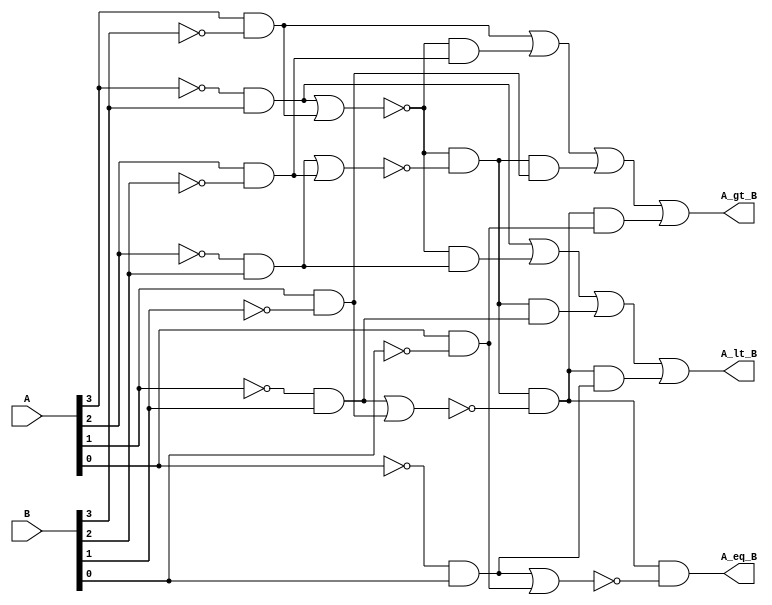
module Comparator_4bits (A, B, A_lt_B, A_gt_B, A_eq_B);
// declare input signals
input [4-1:0] A;
input [4-1:0] B;
// declare output signals
output A_lt_B, A_gt_B, A_eq_B;
// wires
wire not_A3, not_A2, not_A1, not_A0, not_B3, not_B2, not_B1, not_B0;
wire A3_lt_B3, A3_gt_B3, A2_lt_B2, A2_gt_B2, A1_lt_B1, A1_gt_B1, A0_lt_B0, A0_gt_B0;
wire nor_3, nor_2, nor_1, nor_0;
wire A2_lt_B2_2, A2_gt_B2_2, A1_lt_B1_2, A1_gt_B1_2, A0_lt_B0_2, A0_gt_B0_2;
// here is your design
//not gates
not(not_A3, A[3]);
not(not_A2, A[2]);
not(not_A1, A[1]);
not(not_A0, A[0]);
not(not_B3, B[3]);
not(not_B2, B[2]);
not(not_B1, B[1]);
not(not_B0, B[0]);
//level one and gates
and(A3_lt_B3, not_A3, B[3]);
and(A3_gt_B3, A[3], not_B3);
and(A2_lt_B2, not_A2, B[2]);
and(A2_gt_B2, A[2], not_B2);
and(A1_lt_B1, not_A1, B[1]);
and(A1_gt_B1, A[1], not_B1);
and(A0_lt_B0, not_A0, B[0]);
and(A0_gt_B0, A[0], not_B0);
//nor gates
nor(nor_3, A3_lt_B3, A3_gt_B3);
nor(nor_2, A2_lt_B2, A2_gt_B2);
nor(nor_1, A1_lt_B1, A1_gt_B1);
nor(nor_0, A0_lt_B0, A0_gt_B0);
//level two and gates
and(A2_lt_B2_2, nor_3, A2_lt_B2);
and(A2_gt_B2_2, nor_3, A2_gt_B2);
and(A1_lt_B1_2, nor_3, nor_2, A1_lt_B1);
and(A1_gt_B1_2, nor_3, nor_2, A1_gt_B1);
and(A0_lt_B0_2, nor_3, nor_2, nor_1, A0_lt_B0);
and(A0_gt_B0_2, nor_3, nor_2, nor_1, A0_gt_B0);
//results
and(A_eq_B, nor_3, nor_2, nor_1, nor_0);
or(A_lt_B, A3_lt_B3, A2_lt_B2_2, A1_lt_B1_2, A0_lt_B0_2);
or(A_gt_B, A3_gt_B3, A2_gt_B2_2, A1_gt_B1_2, A0_gt_B0_2);

endmodule